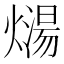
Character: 𰟡